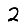
Digit: 2